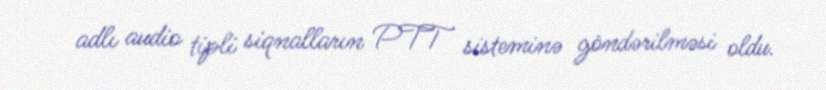
adlı audio tipli siqnalların PTT sisteminə göndərilməsi oldu.